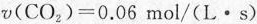
$$v(CO_{2})=0.06mol/(L·s)$$